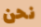
نحن